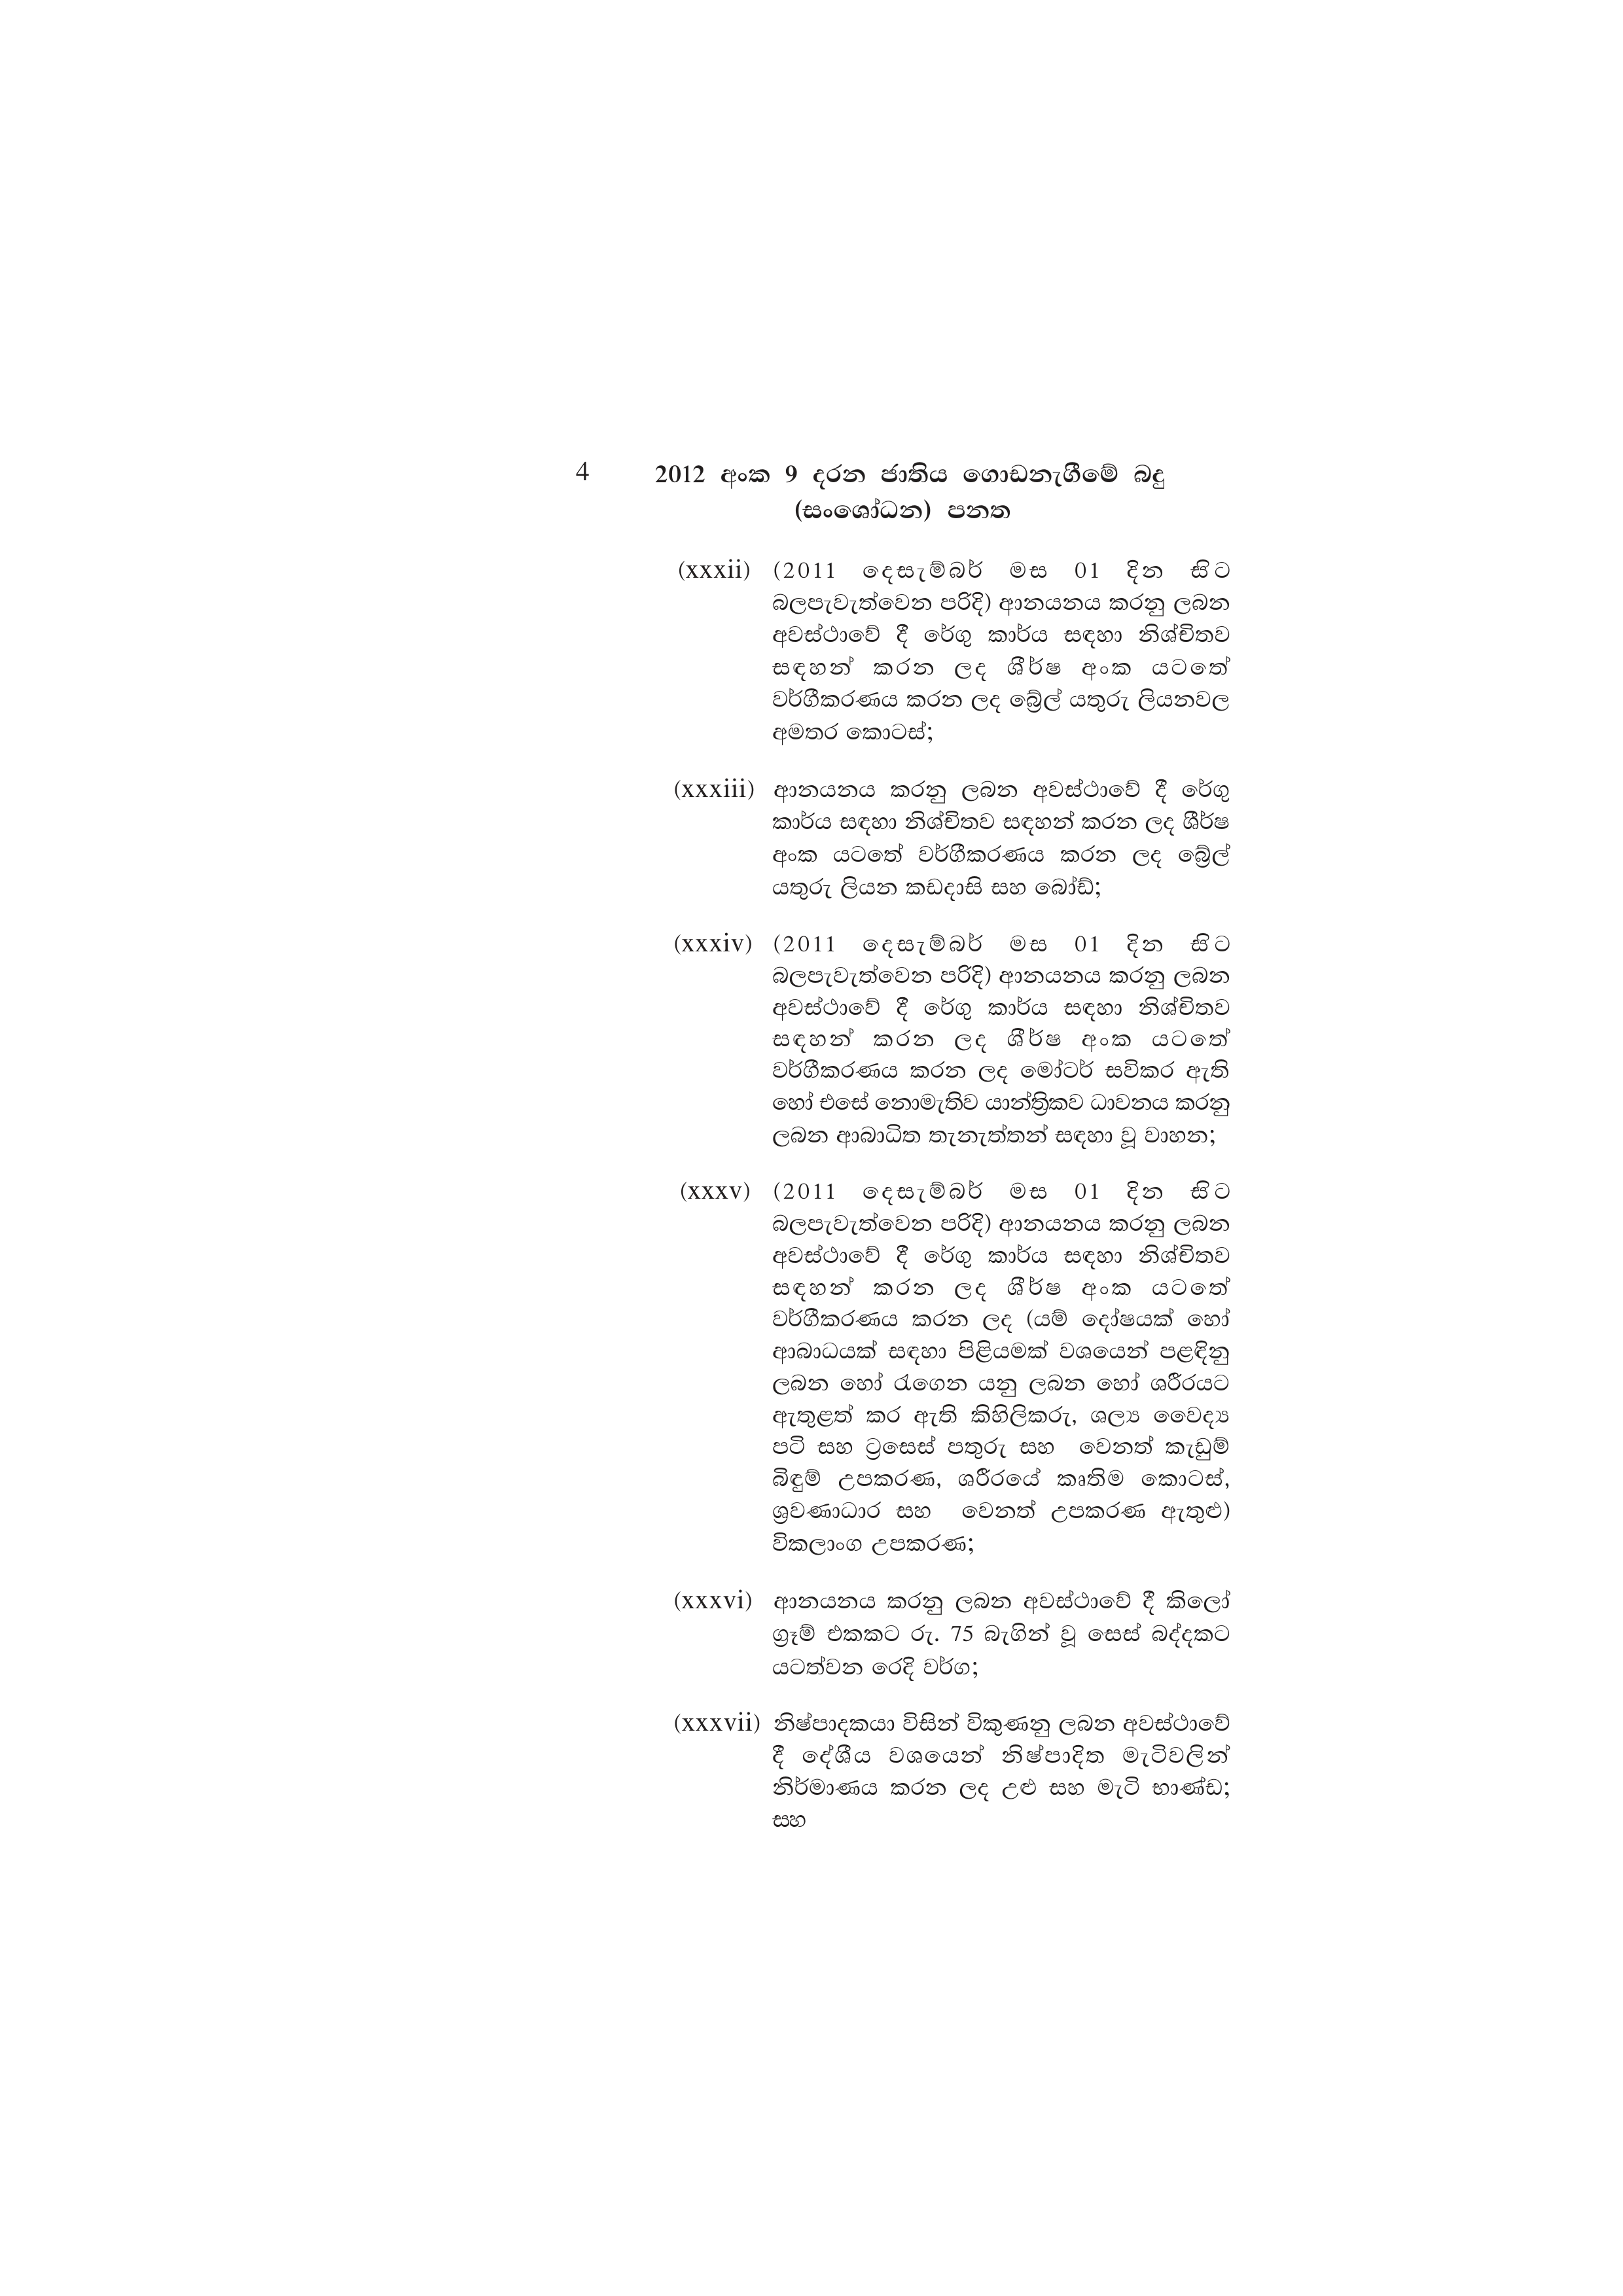
4 2012 අංක 9 දරන ජාතිය ගොඩනැගීමේ බදු
(සංශෝධන) පනත

(xxxii) (2011 දෙසැම්බර් මස 01 දින සිට
බලපැවැත්වෙන පරිදි) ආනයනය කරනු ලබන
අවස්ථාවේ දී රේගු කාර්ය සඳහා නිශ්චිතව
සඳහන් කරන ලද ශීර්ෂ අංක යටතේ
වර්ගීකරණය කරන ලද බ්‍රේල් යතුරු ලියනවල
අමතර කොටස්;

(xxxiii) ආනයනය කරනු ලබන අවස්ථාවේ දී රේගු
කාර්ය සඳහා නිශ්චිතව සඳහන් කරන ලද ශීර්ෂ
අංක යටතේ වර්ගීකරණය කරන ලද බ්‍රේල්
යතුරු ලියන කඩදාසි සහ බෝඩ්;

(xxxiv) (2011 දෙසැම්බර් මස 01 දින සිට
බලපැවැත්වෙන පරිදි) ආනයනය කරනු ලබන
අවස්ථාවේ දී රේගු කාර්ය සඳහා නිශ්චිතව
සඳහන් කරන ලද ශීර්ෂ අංක යටතේ
වර්ගීකරණය කරන ලද මෝටර් සවිකර ඇති
හෝ එසේ නොමැතිව යාන්ත්‍රිකව ධාවනය කරනු
ලබන ආබාධිත තැනැත්තන් සඳහා වූ වාහන;

(xxxv) (2011 දෙසැම්බර් මස 01 දින සිට
බලපැවැත්වෙන පරිදි) ආනයනය කරනු ලබන
අවස්ථාවේ දී රේගු කාර්ය සඳහා නිශ්චිතව
සඳහන් කරන ලද ශීර්ෂ අංක යටතේ
වර්ගීකරණය කරන ලද (යම් දෝෂයක් හෝ
ආබාධයක් සඳහා පිළියමක් වශයෙන් පළඳිනු
ලබන හෝ රැගෙන යනු ලබන හෝ ශරීරයට
ඇතුළත් කර ඇති කිහිලිකරු, ශල්‍ය වෛද්‍ය
පටි සහ ට්‍රසෙස් පතුරු සහ වෙනත් කැඩුම්
බිඳුම් උපකරණ, ශරීරයේ කෘතිම කොටස්,
ශ්‍රවණාධාර සහ වෙනත් උපකරණ ඇතුළු)
විකලාංග උපකරණ;

(xxxvi) ආනයනය කරනු ලබන අවස්ථාවේ දී කිලෝ
ග්‍රෑම් එකකට රු. 75 බැගින් වූ සෙස් බද්දකට
යටත්වන රෙදි වර්ග;

(xxxvii) නිෂ්පාදකයා විසින් විකුණනු ලබන අවස්ථාවේ
දී දේශීය වශයෙන් නිෂ්පාදිත මැටිවලින්
නිර්මාණය කරන ලද උළු සහ මැටි භාණ්ඩ;
සහ